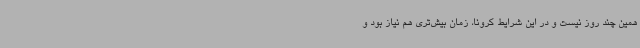
همین چند روز نیست و در این شرایط کرونا، زمان بیش‌تری هم نیاز بود و